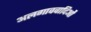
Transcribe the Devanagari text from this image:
अलगाववादिओं